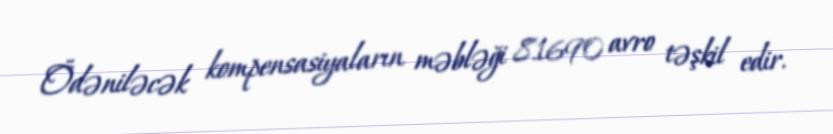
Ödəniləcək kompensasiyaların məbləği 81690 avro təşkil edir.